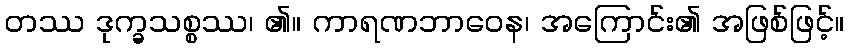
တဿ ဒုက္ခသစ္စဿ၊ ၏။ ကာရဏဘာဝေန၊ အကြောင်း၏ အဖြစ်ဖြင့်။